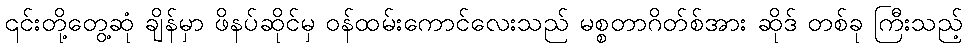
၎င်းတို့တွေ့ဆုံ ချိန်မှာ ဖိနပ်ဆိုင်မှ ဝန်ထမ်းကောင်လေးသည် မစ္စတာဂိတ်စ်အား ဆိုဒ် တစ်ခု ကြီးသည့်